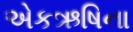
એકઋષિના